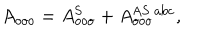
LaTeX: A _ { o o o } = A _ { o o o } ^ { \mathrm { S } } + A _ { o o o } ^ { \mathrm { A S \ a b c } } ,